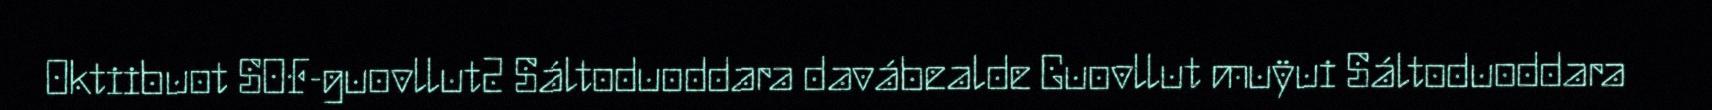
Oktiibuot SOF-guovllut2 Sáltoduoddara davábealde Guovllut muÿui Sáltoduoddara